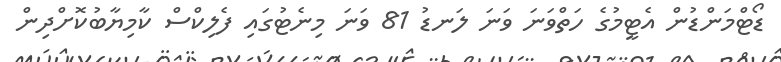
ޑޯޓްމަންޑުން އެޓީމުގެ ހަތްވަނަ ވަނަ ލަނޑު 81 ވަނަ މިނެޓުގައި ފެލިކްސް ކާމިޔާބުކޮށްދިން